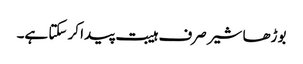
بوڑھا شیر صرف ہیبت پیدا کر سکتا ہے۔